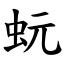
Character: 蚖